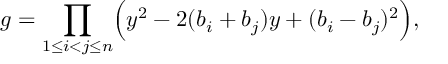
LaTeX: g = \prod _ { 1 \leq i < j \leq n } \Bigl ( y ^ { 2 } - 2 ( b _ { i } + b _ { j } ) y + ( b _ { i } - b _ { j } ) ^ { 2 } \Bigr ) ,